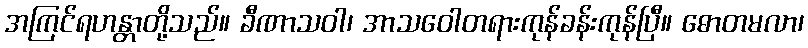
အကြင်ရဟန္တာတို့သည်။ ခီဏာသဝါ၊ အာသဝေါတရားကုန်ခန်းကုန်ပြီ။ ဓောတမလာ၊